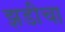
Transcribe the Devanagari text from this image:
झडीचा